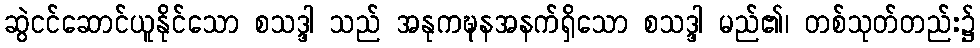
ဆွဲငင်ဆောင်ယူနိုင်သော စသဒ္ဒါ သည် အနုကဍ္ဎနအနက်ရှိသော စသဒ္ဒါ မည်၏၊ တစ်သုတ်တည်း၌